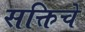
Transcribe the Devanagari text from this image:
सक्तिचे